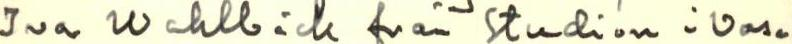
Ivar Wahlbäck från Studion i Vasa